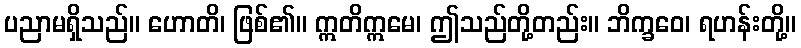
ပညာမရှိသည်။ ဟောတိ၊ ဖြစ်၏။ ဣတိဣမေ၊ ဤသည်တို့တည်း။ ဘိက္ခဝေ၊ ရဟန်းတို့။